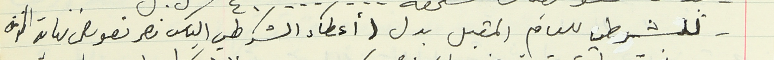
- للشرطي للعام المقبل بدل (أعطاء الشرطي الياس نصر تعويض نهاية الخدمة